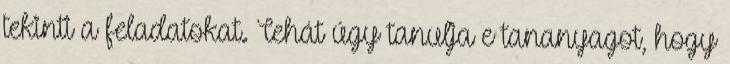
tekinti a feladatokat. Tehát úgy tanulja e tananyagot, hogy